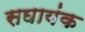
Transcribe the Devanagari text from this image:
सघायंक